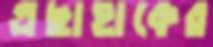
এছাহাকের